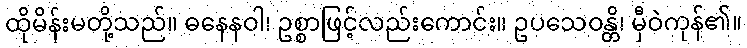
ထိုမိန်းမတို့သည်။ ဓနေနဝါ၊ ဥစ္စာဖြင့်လည်းကောင်း။ ဥပသေဝန္တိ၊ မှီဝဲကုန်၏။